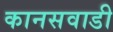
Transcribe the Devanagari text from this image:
कानसवाडी